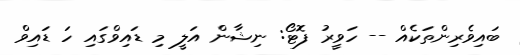
ބައިވެރިންތަކެއް -- ހަވީރު ފޮޓޯ: ނިޝާން އަލީ މި ޑައިވްގައި ހަ ޑައިވް